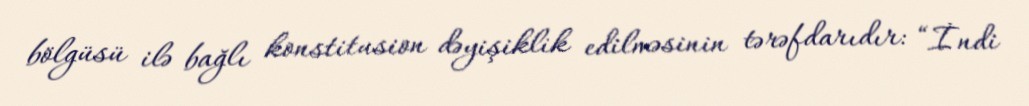
bölgüsü ilə bağlı konstitusion dəyişiklik edilməsinin tərəfdarıdır: “İndi